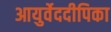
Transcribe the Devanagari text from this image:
आयुर्वेददीपिका